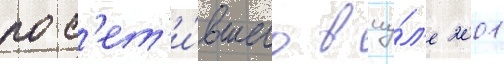
пос'ет'и́вшего в иу́л'е 2001